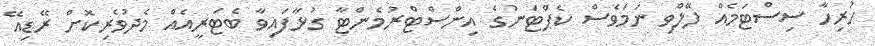
ހުރިހާ ސިސްޓަމެއް ފޭލްވި ނަމަވެސް ކެޕްޓަނުގެ އިންސްޓްރުމެންޓާ ގުޅާފައިވާ ބެޓަރީއެއް މެދުވެރިކޮށް ރޭޑިއޭ